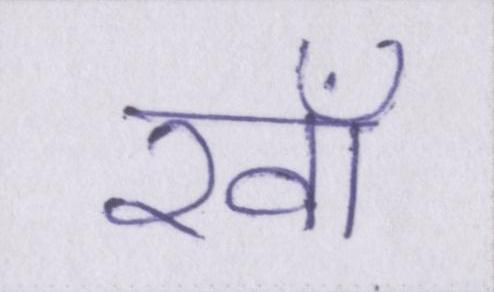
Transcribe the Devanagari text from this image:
रवाँ